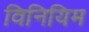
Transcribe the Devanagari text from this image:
विनियिम